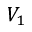
V _ { 1 }